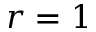
r = 1